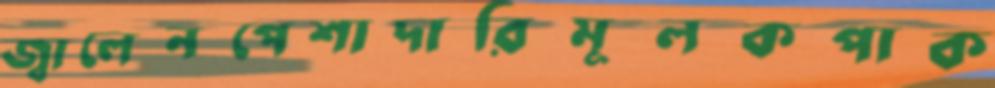
জ্বালেনপেশাদারিমূলকপাক